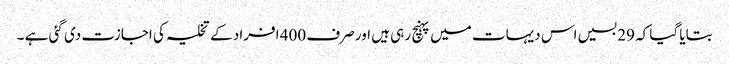
بتایا گیا کہ 29 بسیں اس دیہات میں پہنچ رہی ہیں اور صرف 400 افراد کے تخلیہ کی اجازت دی گئی ہے ۔